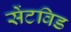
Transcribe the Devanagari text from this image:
सेंटविड